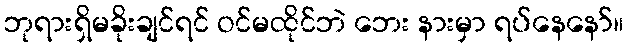
ဘုရားရှိမခိုးချင်ရင် ဝင်မထိုင်ဘဲ ဘေး နားမှာ ရပ်နေနော်။